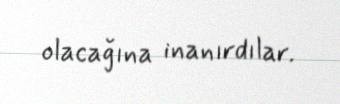
olacağına inanırdılar.